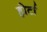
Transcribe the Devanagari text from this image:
होर्टा